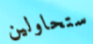
ستحاولين